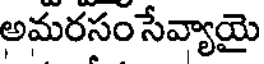
అమరసం సేవ్యాయై